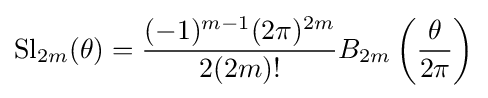
\operatorname {Sl} _{2m}(\theta )={\frac {(-1)^{m-1}(2\pi )^{2m}}{2(2m)!}}B_{2m}\left({\frac {\theta }{2\pi }}\right)